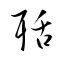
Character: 聒